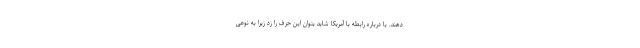
دهند. یا درباره رابطه با آمریکا شاید بتوان این حرف را زد زیرا به نوعی